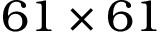
6 1 \times 6 1